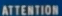
ATTENTION